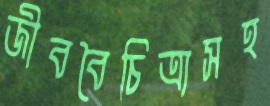
জীববৈচিত্র্যসহ